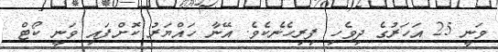
ވަނީ 25 އަހަރުގެ ދިވެހި ފިރިހެނެކެވެ. އޭނާ ހައްޔަރު ކޮށްފައި ވަނީ ކޯޓް